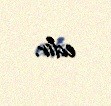
edir.